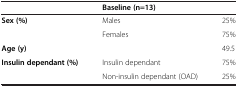
<table><thead><tr><td><b> </b></td><td><b>Baseline (n=13)</b></td><td><b> </b></td></tr></thead><tbody><tr><td rowspan="2"><b>Sex (%)</b></td><td>Males</td><td>25%</td></tr><tr><td>Females</td><td>75%</td></tr><tr><td><b>Age (y)</b></td><td> </td><td>49.5</td></tr><tr><td><b>Insulin dependant (%)</b></td><td>Insulin dependant</td><td>75%</td></tr><tr><td> </td><td>Non-insulin dependant (OAD)</td><td>25%</td></tr></tbody></table>